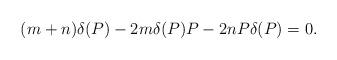
LaTeX: \begin{align*}(m+n)\delta(P)-2m\delta(P)P-2nP\delta(P)=0. \end{align*}